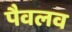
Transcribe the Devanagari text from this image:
पैवलव